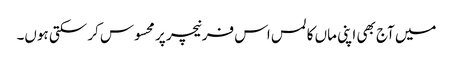
میں آج بھی اپنی ماں کا لمس اس فرنیچر پر محسوس کر سکتی ہوں۔